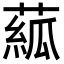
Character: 𦸷